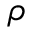
\rho